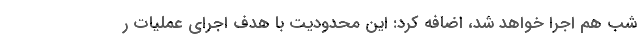
شب هم اجرا خواهد شد، اضافه کرد: این محدودیت با هدف اجرای عملیات ر